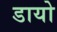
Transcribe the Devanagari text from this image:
डायो